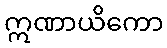
ဣဏာယိကော